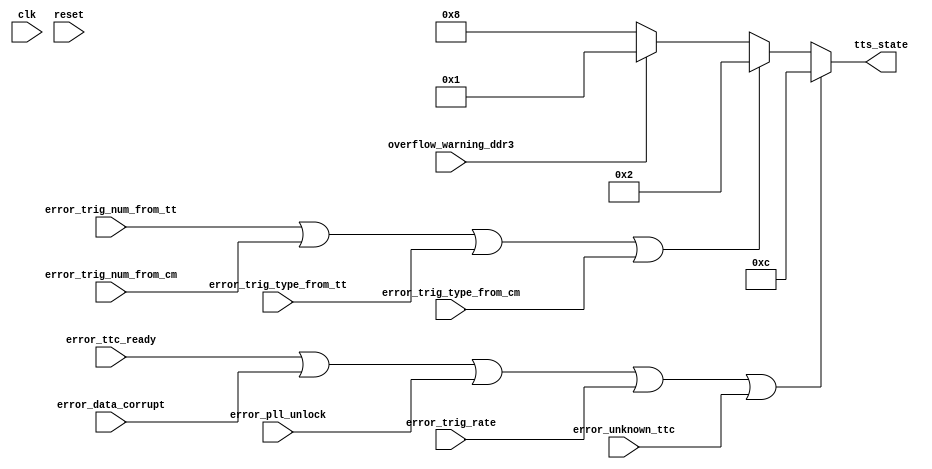
// Reports the WFD5 status via TTS to DAQ link
// 
// Outputs the 'Ready' state unless an error has occured

module tts_reporter (
  // user interface clock and reset
  input wire clk,
  input wire reset,

  // error status
  input wire error_ttc_ready,
  input wire error_data_corrupt,
  input wire error_pll_unlock,
  input wire error_trig_rate,
  input wire error_unknown_ttc,

  // sync lost status
  input wire error_trig_num_from_tt,
  input wire error_trig_num_from_cm,
  input wire error_trig_type_from_tt,
  input wire error_trig_type_from_cm,

  // overflow warning status
  input wire overflow_warning_ddr3,

  // TTS state
  output wire [3:0] tts_state
);

  // Available TTS status outputs, in order of priority level
  // --------------------------------------------------------
  // 0000, 1111 -- Disconnected
  // 1100       -- Error
  // 0010       -- Sync Lost
  // 0100       -- Busy
  // 0001       -- Overflow Warning
  // 1000       -- Ready

  // ===== signal combinations =====

  wire error;
  assign error = error_ttc_ready    |
                 error_data_corrupt |
                 error_pll_unlock   |
                 error_trig_rate    |
                 error_unknown_ttc;

  wire sync_lost;
  assign sync_lost = error_trig_num_from_tt  |
                     error_trig_num_from_cm  |
                     error_trig_type_from_tt |
                     error_trig_type_from_cm;

  wire overflow_warning;
  assign overflow_warning = overflow_warning_ddr3;

  // ===== TTS signal assignment =====

  // assign based on priority with nested conditionals
  assign tts_state = (error)            ? 4'b1100 :
                     (sync_lost)        ? 4'b0010 :
                     (overflow_warning) ? 4'b0001 : 
                                          4'b1000;

endmodule